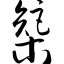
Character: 榘